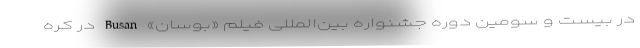
در بیست و سومین دوره جشنواره بین‌المللی فیلم «بوسان» Busan در کره